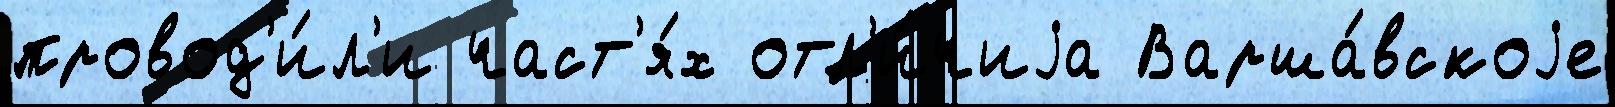
провод'и́л'и част'я́х отл'и́чиjа Варша́вскоjе